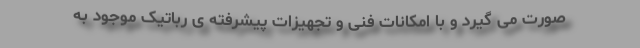
صورت می گیرد و با امکانات فنی و تجهیزات پیشرفته ی رباتیک موجود به